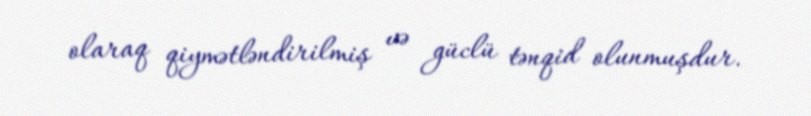
olaraq qiymətləndirilmiş və güclü tənqid olunmuşdur.